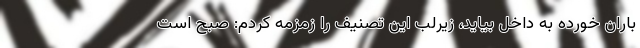
باران خورده به داخل بیاید، زیرلب این تصنیف را زمزمه کردم: صبح است